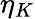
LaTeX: \eta_{K}